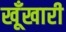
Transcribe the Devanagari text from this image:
खूँखारी